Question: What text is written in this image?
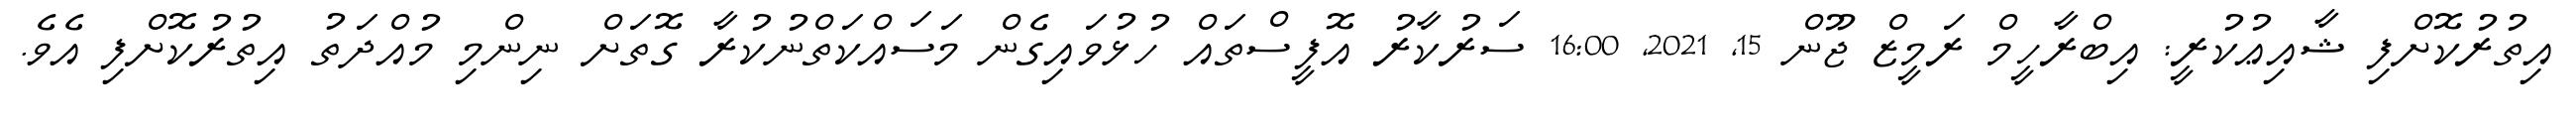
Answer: އިތުރުކޮށްފި ޝާއިޢުކުރީ: އިބްރާހީމް ރަމީޒް ޖޫން 15, 2021, 16:00 ސަރުކާރު އޮފީސްތައް ހުޅުވައިގެން މަސައްކަތްނުކުރާ ގޮތަށް ނިންމި މުއްދަތު އިތުރުކޮށްފި އެވެ.